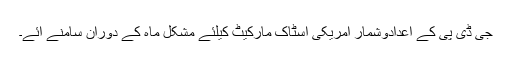
جی ڈی پی کے اعدادوشمار امریکی اسٹاک مارکیٹ کیلئے مشکل ماہ کے دوران سامنے آئے۔